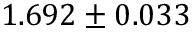
1 . 6 9 2 \pm 0 . 0 3 3